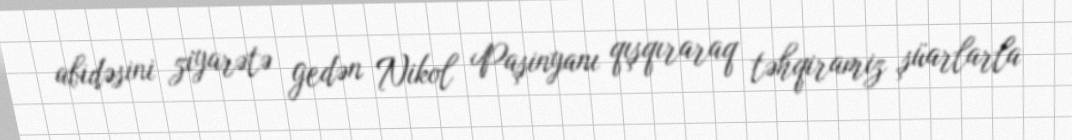
abidəsini ziyarətə gedən Nikol Paşinyanı qışqıraraq təhqiramiz şüarlarla